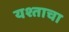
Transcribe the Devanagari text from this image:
यश्ताचा